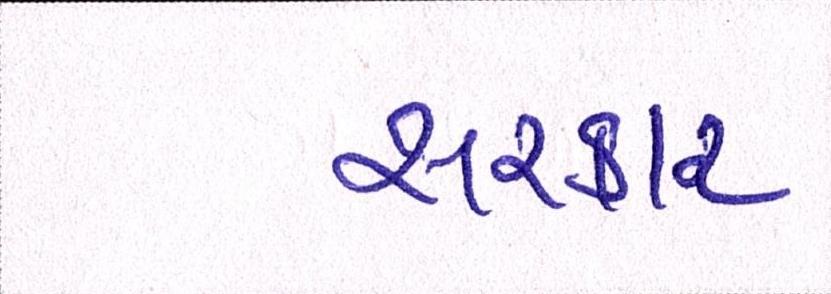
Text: સરકાર